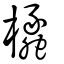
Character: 欚